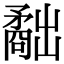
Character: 𥎐